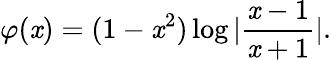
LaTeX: \varphi(\mathit{x})=(1-\mathit{x}^{2})\log|\frac{{\mathit{x}-1}}{{\mathit{x}+1}}|.